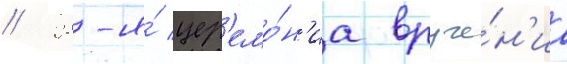
// 28-я́ цер'емо́н'иа вруче́н'иа